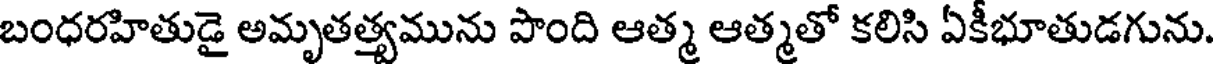
బంధరహితుడై అమృతత్యమును పొంది ఆత్మ ఆత్మతో కలిసి ఏకీభూతుడగును.